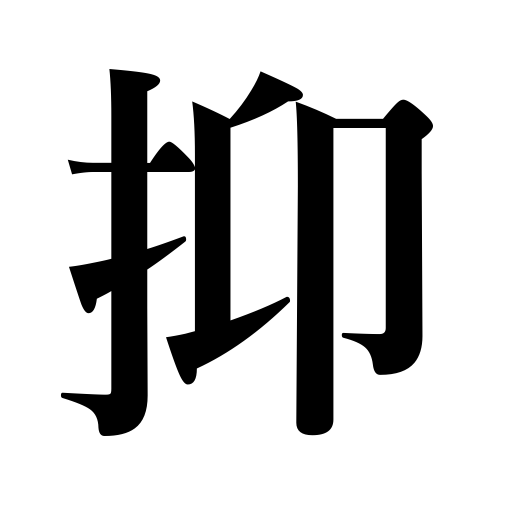
Meanings: restrain,pin down,catch,arrest,govern,attach,control,stop the ears,suppress,stop,subdue,estimate conservatively,secure evidence,withhold,check,seize